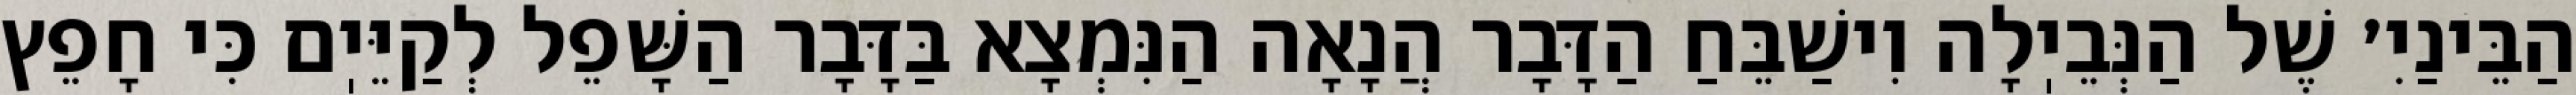
הַבֵּינַיִ׳ שֶׁל הַנְּבֵיֽלָה וִישַׁבֵּחַ הַדָּבָר הֲנָאָה הַנִּמְצָא בַּדָּבָר הַשָּׁפֵל לְקַיֵּיֽם כִּי חָפֵץ